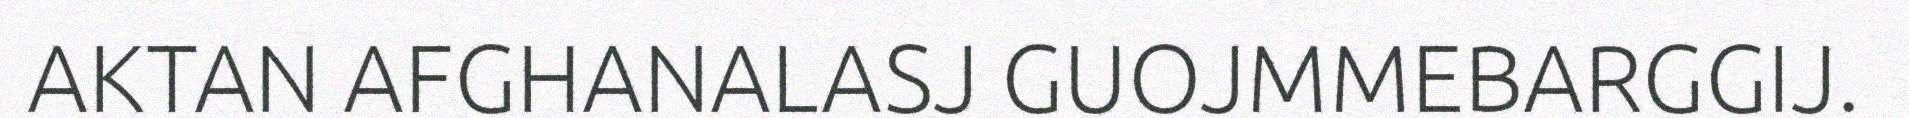
AKTAN AFGHANALASJ GUOJMMEBARGGIJ.